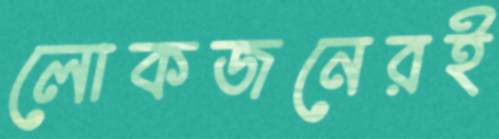
লোকজনেরই